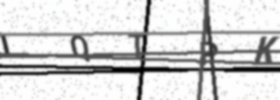
Text: IQTPK